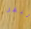
البقر